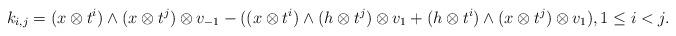
LaTeX: \begin{align*}k_{i,j} = (x \otimes t^i) \wedge (x \otimes t^j) \otimes v_{-1} - ( (x \otimes t^i) \wedge (h \otimes t^j) \otimes v_1 + (h \otimes t^i) \wedge (x \otimes t^j) \otimes v_1), 1 \leq i < j.\end{align*}